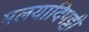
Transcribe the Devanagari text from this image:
मलयादिपट्टी